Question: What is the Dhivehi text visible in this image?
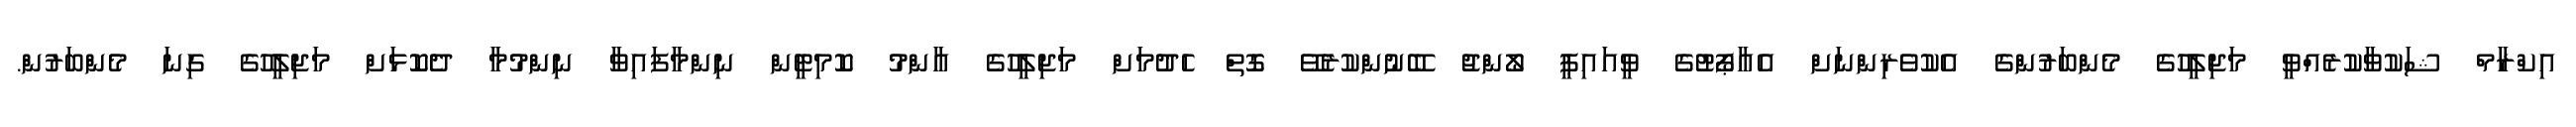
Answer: އިކްރާމް ޝަކުވާކުރެއްވީ މަޖިލީހުގެ މެންބަރުންގެ އެކުވެރިންނަށް އެއާޕޯޓުގެ ވީއައިޕީ ލޯންޖު ބޭނުންކުރެވޭ ގޮތް ހެދުމަށް މަޖިލީހުގެ އާންމު ކޮމިޓީން ނިންމާފައިވާ ނިންމުމާ ދެކޮޅަށް މަޖިލީހުގެ ގިނަ މެންބަރުން.